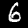
Digit: 6